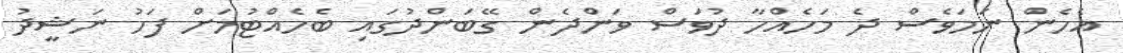
އެހެން ނަމަވެސް ދެ މަހެއްހާ ދުވަސް ވަންދެން ގޭބަންދުގައި ބެހެއްޓުމަށް ފަހު ނަޝީދު